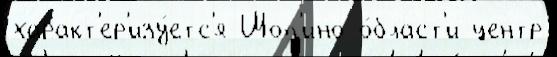
характ'ер'изу́етс'я Шоп'ино о́бласт'и центр